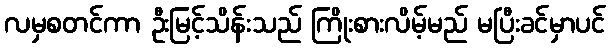
လမှစတင်ကာ ဦးမြင့်သိန်းသည် ကြိုးစားလိမ့်မည် မပြီးခင်မှာပင်